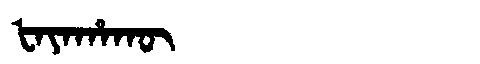
Manchu: ᡶᠠᠶᠠᡥᠠᡴᡡ
Romanization: FAYAHAKŪ